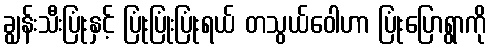
ချွန်းသီးပြုံးနှင့် ပြုံးပြုံးပြုံးရယ် တသွယ်ဝေါဟာ ပြုံးပြောရွာကို